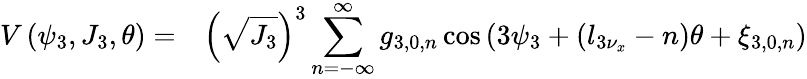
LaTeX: \begin{array}{cl}{V\left(\psi_{3},J_{3},\theta\right)=}&{\displaystyle\left(\sqrt{J_{3}}\right)^{3}\displaystyle\sum_{n=-\infty}^{\infty}{g_{3,0,n}\cos{\left(3\psi_{3}+\left(l_{3\nu_{x}}-n\right)\theta+\xi_{3,0,n}\right)}}}\end{array}